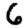
Digit: 6